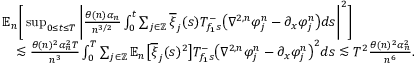
\begin{array} { r l } & { \mathbb { E } _ { n } \bigg [ \operatorname* { s u p } _ { 0 \le t \le T } \bigg | \frac { \theta ( n ) \alpha _ { n } } { n ^ { 3 / 2 } } \int _ { 0 } ^ { t } \sum _ { j \in \mathbb { Z } } \overline { { \xi } } _ { j } ( s ) T _ { f _ { 1 } s } ^ { - } \big ( \nabla ^ { 2 , n } \varphi _ { j } ^ { n } - \partial _ { x } \varphi _ { j } ^ { n } \big ) d s \bigg | ^ { 2 } \bigg ] } \\ & { \quad \lesssim \frac { \theta ( n ) ^ { 2 } \alpha _ { n } ^ { 2 } T } { n ^ { 3 } } \int _ { 0 } ^ { T } \sum _ { j \in \mathbb { Z } } \mathbb { E } _ { n } \big [ \overline { { \xi } } _ { j } ( s ) ^ { 2 } \big ] T _ { f _ { 1 } s } ^ { - } \big ( \nabla ^ { 2 , n } \varphi _ { j } ^ { n } - \partial _ { x } \varphi _ { j } ^ { n } \big ) ^ { 2 } d s \lesssim T ^ { 2 } \frac { \theta ( n ) ^ { 2 } \alpha _ { n } ^ { 2 } } { n ^ { 6 } } . } \end{array}